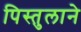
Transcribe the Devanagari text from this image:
पिस्तुलाने